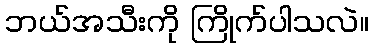
ဘယ်အသီးကို ကြိုက်ပါသလဲ။